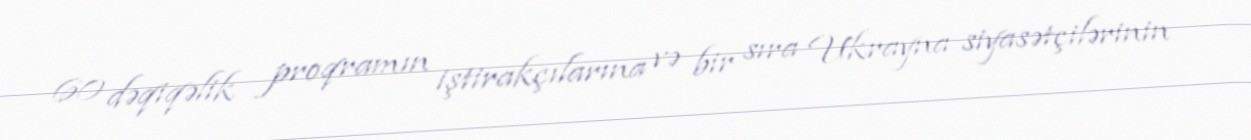
60 dəqiqəlik proqramın iştirakçılarına və bir sıra Ukrayna siyasətçilərinin